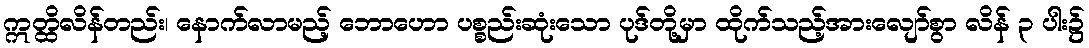
ဣတ္ထိလိန်တည်း၊ နောက်လာမည့် ဘောဟော ပစ္စည်းဆုံးသော ပုဒ်တို့မှာ ထိုက်သည့်အားလျော်စွာ လိန် ၃ ပါး၌